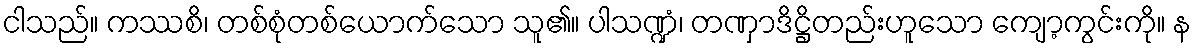
ငါသည်။ ကဿစိ၊ တစ်စုံတစ်ယောက်သော သူ၏။ ပါသဏ္ဍံ၊ တဏှာဒိဋ္ဌိတည်းဟူသော ကျော့ကွင်းကို။ န